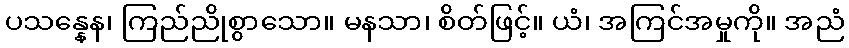
ပသန္နေန၊ ကြည်ညိုစွာသော။ မနသာ၊ စိတ်ဖြင့်။ ယံ၊ အကြင်အမှုကို။ အညံ